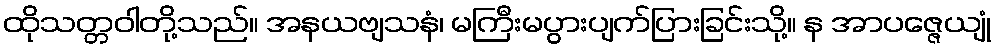
ထိုသတ္တဝါတို့သည်။ အနယဗျသနံ၊ မကြီးမပွားပျက်ပြားခြင်းသို့။ န အာပဇ္ဇေယျုံ